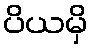
ပိယမှိ